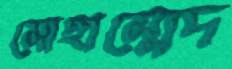
মোহাম্মেদ